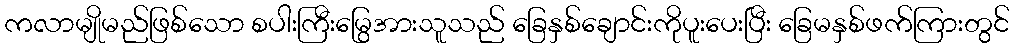
ကလာမျိုမည်ဖြစ်သော စပါးကြီးမြွေအားသူသည် ခြေနှစ်ချောင်းကိုပူးပေးပြီး ခြေမနှစ်ဖက်ကြားတွင်